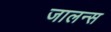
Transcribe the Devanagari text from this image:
जालन्स